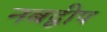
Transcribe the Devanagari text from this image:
नबद्वीप